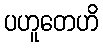
ပဟူတေဟိ